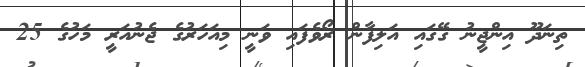
ތިނަދޫ އިންޖީނު ގޭގައި އަލިފާން ރޯވެފައި ވަނީ މިއަހަރުގެ ޖެނުއަރީ މަހުގެ 25